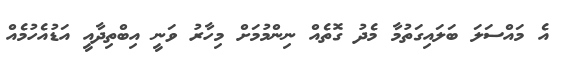
އެ މައްސަލަ ބަލައިގަތުމާ މެދު ގޮތެއް ނިންމުމަށް މިހާރު ވަނީ އިބްތިދާއީ އަޑުއެހުމެއް